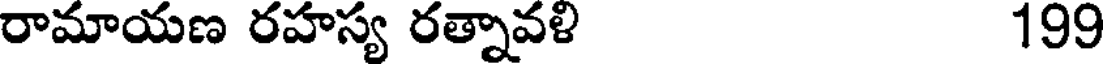
రామాయణ రహస్య రత్నావళి 199